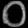
Digit: ၀